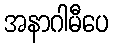
အနာဂါမီပေ